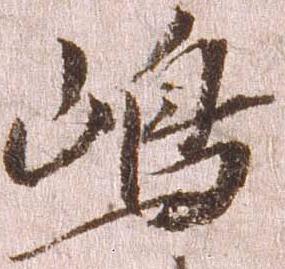
嶋